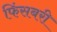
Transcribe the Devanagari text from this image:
फिंसबरी